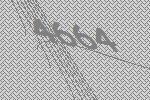
4664